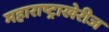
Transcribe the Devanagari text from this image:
महाराष्ट्राखेरीज